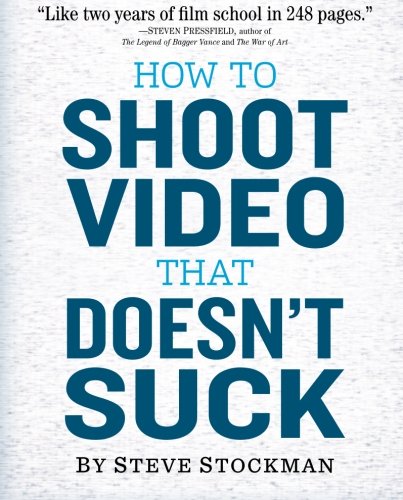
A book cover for How to Shoot Video That Doesn't Suck: Advice to Make Any Amateur Look Like a Pro; Steve Stockman; Humor & Entertainment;